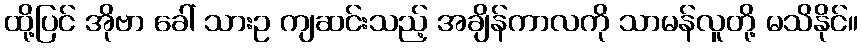
ထို့ပြင် အိုဗာ ခေါ် သားဥ ကျဆင်းသည့် အချိန်ကာလကို သာမန်လူတို့ မသိနိုင်။